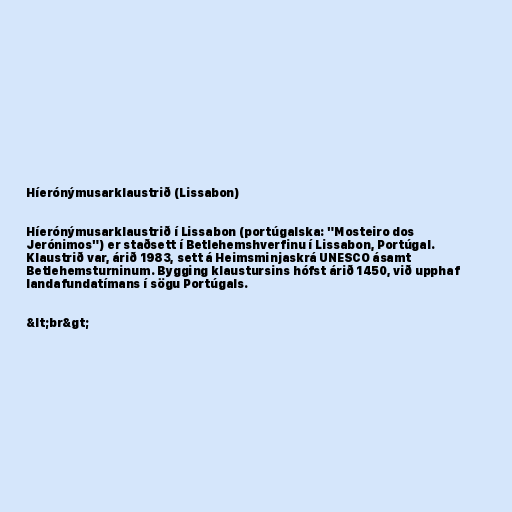
Híerónýmusarklaustrið (Lissabon)

Híerónýmusarklaustrið í Lissabon (portúgalska: "Mosteiro dos
Jerónimos") er staðsett í Betlehemshverfinu í Lissabon, Portúgal.
Klaustrið var, árið 1983, sett á Heimsminjaskrá UNESCO ásamt
Betlehemsturninum. Bygging klaustursins hófst árið 1450, við upphaf
landafundatímans í sögu Portúgals.

&lt;br&gt;